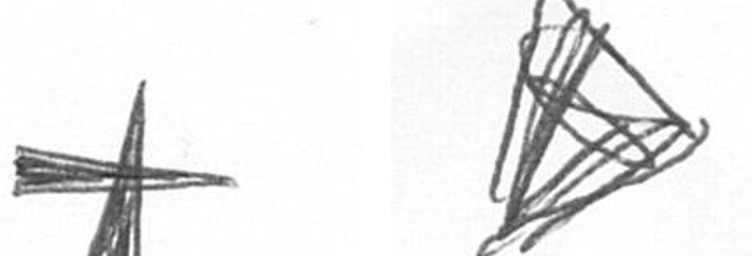
G O